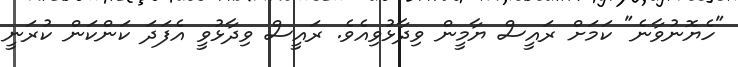
"ހެޔޮނުވާނެ" ކަމަށް ރައީސް ޔާމީން ވިދާޅުވިއެވެ. ރައީސް ވިދާޅުވީ އެފަދަ ކަންކަން ކުރަނީ